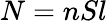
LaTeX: N=nSl